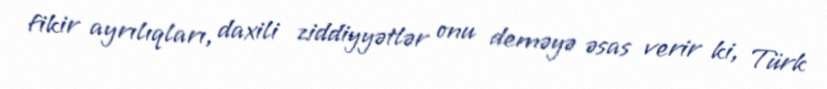
fikir ayrılıqları, daxili ziddiyyətlər onu deməyə əsas verir ki, Türk